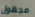
مجهول